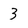
Character: 3